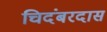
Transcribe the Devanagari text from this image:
चिदंबरदास